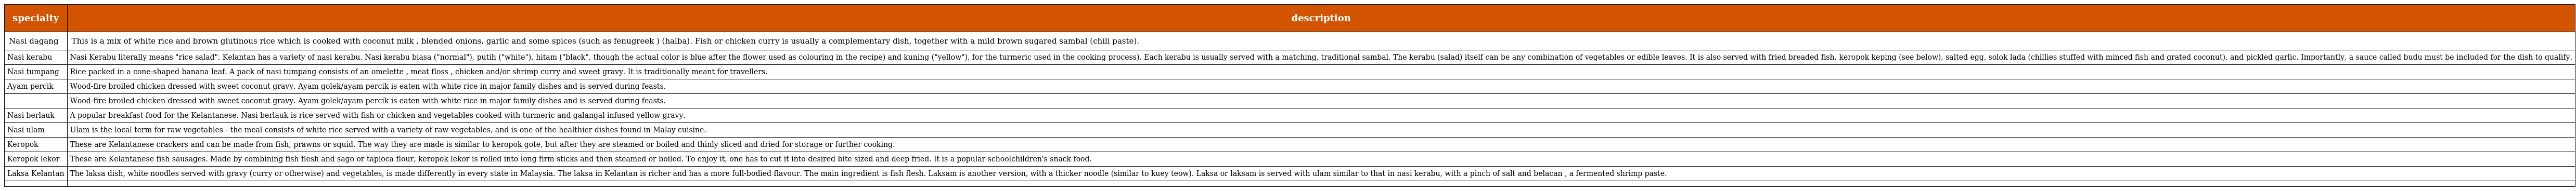
| specialty | description |
 | --- | --- |
 | Nasi dagang | This is a mix of white rice and brown glutinous rice which is cooked with coconut milk , blended onions, garlic and some spices (such as fenugreek ) (halba). Fish or chicken curry is usually a complementary dish, together with a mild brown sugared sambal (chili paste). |
 | Nasi kerabu | Nasi Kerabu literally means "rice salad". Kelantan has a variety of nasi kerabu. Nasi kerabu biasa ("normal"), putih ("white"), hitam ("black", though the actual color is blue after the flower used as colouring in the recipe) and kuning ("yellow"), for the turmeric used in the cooking process). Each kerabu is usually served with a matching, traditional sambal. The kerabu (salad) itself can be any combination of vegetables or edible leaves. It is also served with fried breaded fish, keropok keping (see below), salted egg, solok lada (chillies stuffed with minced fish and grated coconut), and pickled garlic. Importantly, a sauce called budu must be included for the dish to qualify. |
 | Nasi tumpang | Rice packed in a cone-shaped banana leaf. A pack of nasi tumpang consists of an omelette , meat floss , chicken and/or shrimp curry and sweet gravy. It is traditionally meant for travellers. |
 | Ayam percik | Wood-fire broiled chicken dressed with sweet coconut gravy. Ayam golek/ayam percik is eaten with white rice in major family dishes and is served during feasts. |
 |  | Wood-fire broiled chicken dressed with sweet coconut gravy. Ayam golek/ayam percik is eaten with white rice in major family dishes and is served during feasts. |
 | Nasi berlauk | A popular breakfast food for the Kelantanese. Nasi berlauk is rice served with fish or chicken and vegetables cooked with turmeric and galangal infused yellow gravy. |
 | Nasi ulam | Ulam is the local term for raw vegetables - the meal consists of white rice served with a variety of raw vegetables, and is one of the healthier dishes found in Malay cuisine. |
 | Keropok | These are Kelantanese crackers and can be made from fish, prawns or squid. The way they are made is similar to keropok gote, but after they are steamed or boiled and thinly sliced and dried for storage or further cooking. |
 | Keropok lekor | These are Kelantanese fish sausages. Made by combining fish flesh and sago or tapioca flour, keropok lekor is rolled into long firm sticks and then steamed or boiled. To enjoy it, one has to cut it into desired bite sized and deep fried. It is a popular schoolchildren's snack food. |
 | Laksa Kelantan | The laksa dish, white noodles served with gravy (curry or otherwise) and vegetables, is made differently in every state in Malaysia. The laksa in Kelantan is richer and has a more full-bodied flavour. The main ingredient is fish flesh. Laksam is another version, with a thicker noodle (similar to kuey teow). Laksa or laksam is served with ulam similar to that in nasi kerabu, with a pinch of salt and belacan , a fermented shrimp paste. |
 |  |  |